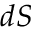
d \boldsymbol { S }